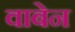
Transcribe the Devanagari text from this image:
वाबेन